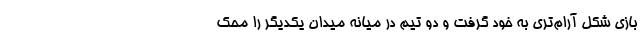
بازی شکل آرام‌تری به خود گرفت و دو تیم در میانه میدان یکدیگر را محک